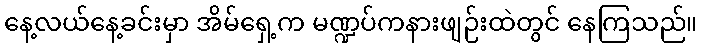
နေ့လယ်နေ့ခင်းမှာ အိမ်ရှေ့က မဏ္ဍပ်ကနားဖျဉ်းထဲတွင် နေကြသည်။